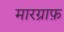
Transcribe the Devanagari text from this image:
मारग्राफ़